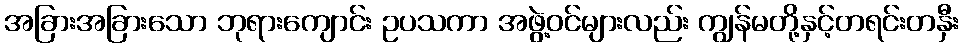
အခြားအခြားသော ဘုရားကျောင်း ဥပသကာ အဖွဲ့ဝင်များလည်း ကျွန်မတို့နှင့်တရင်းတနှီး